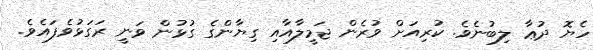
ހެޔޮ ދުޢާ ލިބުނެވެ. ކުރިއަށް ވުރެން ޖަމީލާއާއި ގިޔާންގެ ގުޅުން ވަނީ ރަގަޅުވެފައެވެ.